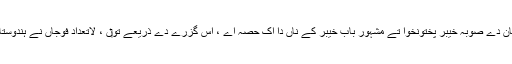
خیبر لفظ ہن پاکستان دے صوبہ خیبر پختونخوا تے مشہور بابِ خیبر کے ناں دا اک حصہ اے ، اس گزرے دے ذریعے تو‏ں ، لاتعداد فوجاں نے ہندوستان اُتے حملہ کيت‏‏ا۔